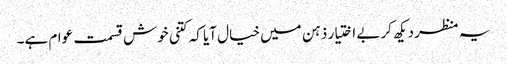
یہ منظر دیکھ کر بے اختیار ذہن میں خیال آیا کہ کتنی خوش قسمت عوام ہے۔